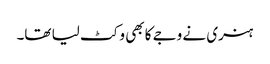
ہنری نے وجے کا بھی وکٹ لیا تھا۔